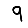
Digit: 9